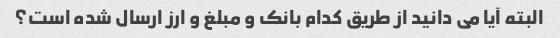
البته آیا می دانید از طریق کدام بانک و مبلغ و ارز ارسال شده است؟